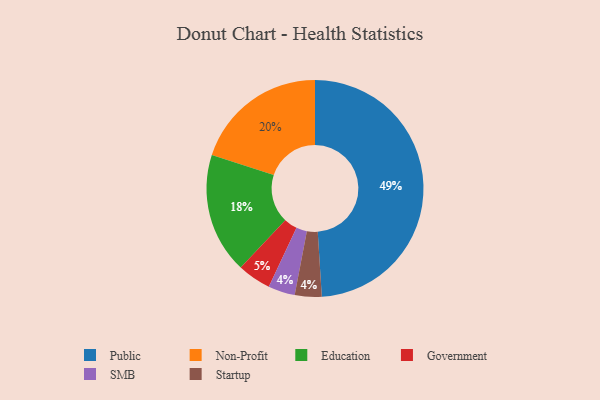
{"axis": {"x": "Category", "y": "Percentage"}, "legend": ["Education", "Government", "Non-Profit", "Public", "SMB", "Startup"], "data": [{"x": "Non-Profit", "y": 20, "type": "Non-Profit"}, {"x": "SMB", "y": 4, "type": "SMB"}, {"x": "Startup", "y": 4, "type": "Startup"}, {"x": "Education", "y": 18, "type": "Education"}, {"x": "Public", "y": 49, "type": "Public"}, {"x": "Government", "y": 5, "type": "Government"}]}